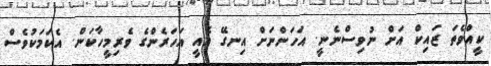
ކީއްވެތަ ޒައިކް އަށް ނުވިސްނެނީ. އަހަަންނަށް އިނގޭ އެއީ އަހަރެންގެ ވެރިމީހާކަން. އެކަމަކުވެސް